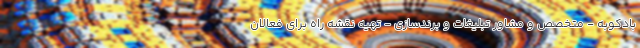
بادکوبه - متخصص و مشاور تبلیغات و برندسازی - تهیه نقشه راه برای فعالان